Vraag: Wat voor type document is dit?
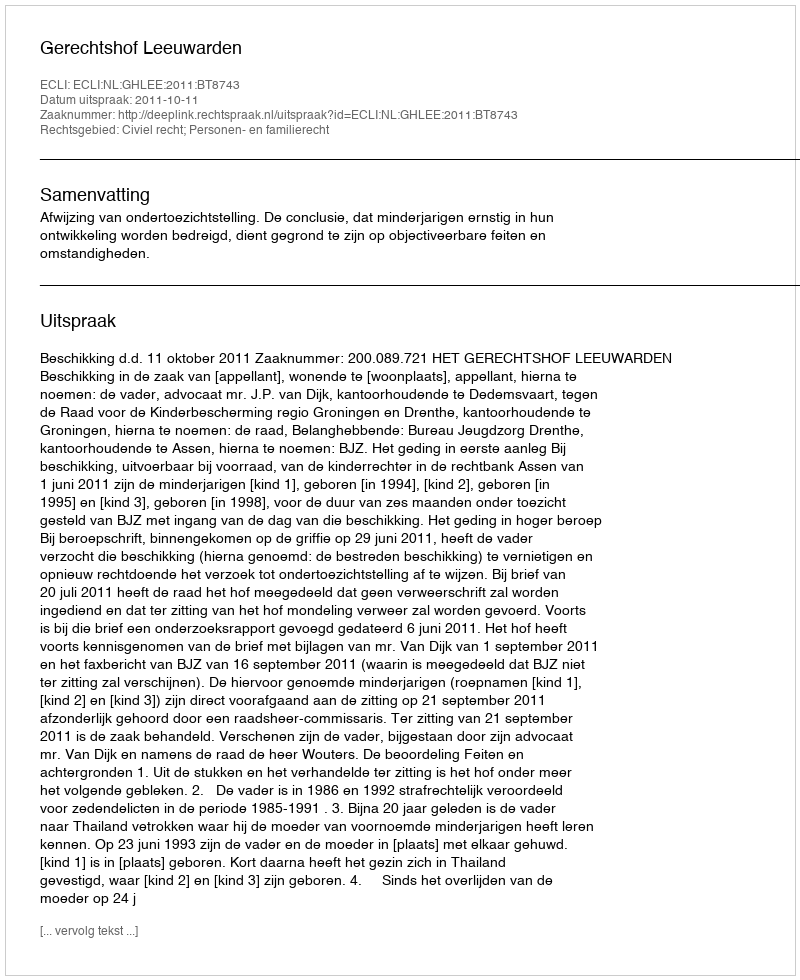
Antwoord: Uitspraak